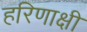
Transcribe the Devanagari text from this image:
हरिणाक्षी